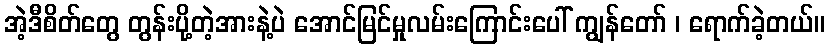
အဲ့ဒီစိတ်တွေ တွန်းပို့တဲ့အားနဲ့ပဲ အောင်မြင်မှုလမ်းကြောင်းပေါ် ကျွန်တော် ၊ ရောက်ခဲ့တယ်။